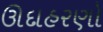
ઊદાહરણો